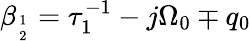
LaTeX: \beta_{1\atop 2}=\tau_{1}^{-1}-j\Omega_{0}\mp q_{0}